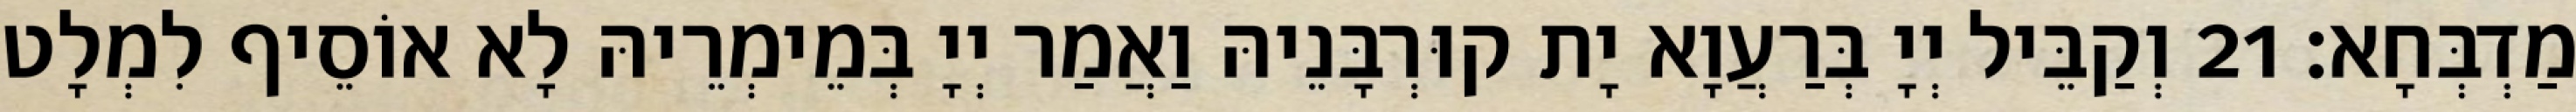
מַדְבְּחָא׃ 21 וְקַבֵּיל יְיָ בְּרַעֲוָא יָת קוּרְבָּנֵיהּ וַאֲמַר יְיָ בְּמֵימְרֵיהּ לָא אוֹסֵיף לִמְלָט